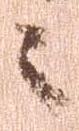
々